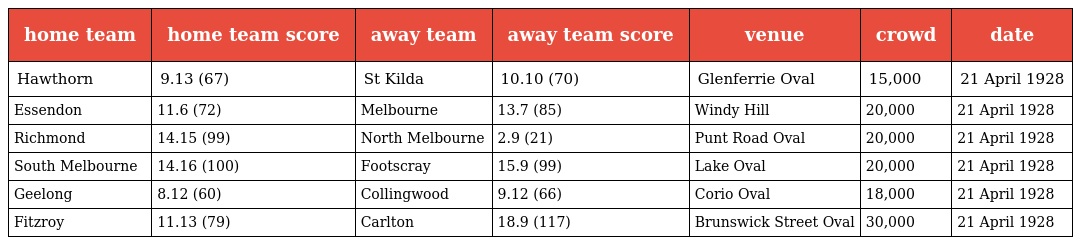
| home team | home team score | away team | away team score | venue | crowd | date |
 | --- | --- | --- | --- | --- | --- | --- |
 | Hawthorn | 9.13 (67) | St Kilda | 10.10 (70) | Glenferrie Oval | 15,000 | 21 April 1928 |
 | Essendon | 11.6 (72) | Melbourne | 13.7 (85) | Windy Hill | 20,000 | 21 April 1928 |
 | Richmond | 14.15 (99) | North Melbourne | 2.9 (21) | Punt Road Oval | 20,000 | 21 April 1928 |
 | South Melbourne | 14.16 (100) | Footscray | 15.9 (99) | Lake Oval | 20,000 | 21 April 1928 |
 | Geelong | 8.12 (60) | Collingwood | 9.12 (66) | Corio Oval | 18,000 | 21 April 1928 |
 | Fitzroy | 11.13 (79) | Carlton | 18.9 (117) | Brunswick Street Oval | 30,000 | 21 April 1928 |